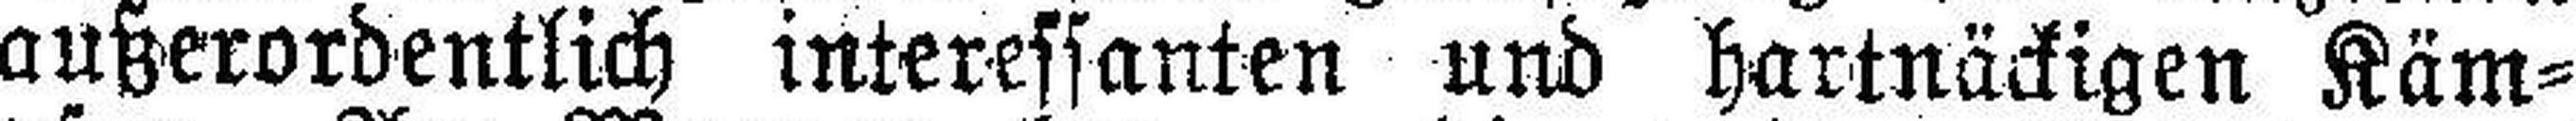
außerordentlich interessanten und hartnäckigen Käm¬